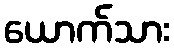
ယောက်သား